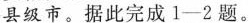
县级市。据此完成1—2题。